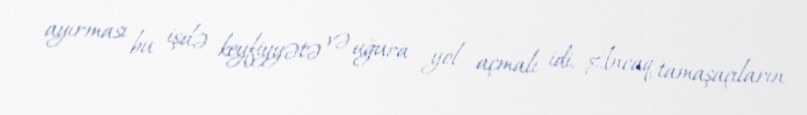
ayırması bu işdə keyfiyyətə və uğura yol açmalı idi. Ancaq tamaşaçıların